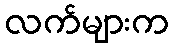
လက်များက